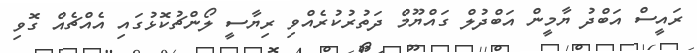
ރައީސް އަބްދު ޔާމީން އަބްދުލް ގައްޔޫމް ދަތުރުކުރެއްވި ރިޔާސީ ލޯންޗުކޮޅުގައި އެއްޗެއް ގޮވި